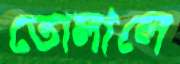
তোলালে